Lunatic asylums Central Provinces reports 1910-1926 - 1910-1926
Year: 1910
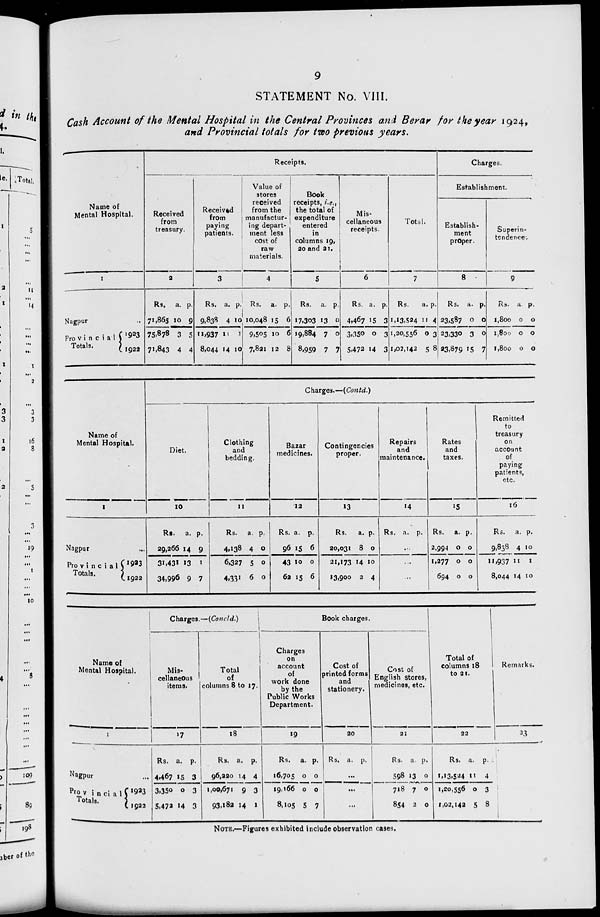
9
STATEMENT No. VIII.
Cash Account of the Mental Hospital in the Central Provinces and Berar for the year 1924,
and Provincial totals for two previous years.
Name of
Mental Hospital.
1
Nagpur ...
Provincial
Totals.
1923
1922
Receipts.
Received
from
treasury.
2
Rs.
71,865
75,878
71,843
a.
10
3
4
p.
9
5
4
Received
from
paying
patients.
3
Rs.
9,838
11,937
8,044
a.
4
11
14
p.
10
1
10
Value of
stores
received
from the
manufactur-
ing depart-
ment less
cost of
raw
materials.
4
Rs.
10,048
9,505
7,821
a.
15
10
12
p.
6
6
8
Book
receipts, i.e.,
the total of
expenditure
entered
in
columns 19,
20 and 21.
5
Rs.
17,303
19,884
8,959
a.
13
7
7
p.
0
0
7
Mis-
cellaneous
receipts.
6
Rs.
4,467
3,350
5,472
a.
15
0
14
p.
3
3
3
Total.
7
Rs.
1,13,524
1,20,556
1,02,142
a.
11
0
5
p.
4
3
8
Charges.
Establishment.
Establish-
ment
proper.
8
Rs.
23,587
23,330
23,879
a.
0
3
15
p.
0
0
7
Superin-
tendence.
9
Rs.
1,800
1,800
1,800
a.
0
0
0
p.
0
0
0
Name of
Mental Hospital.
1
Nagpur ...
Provincial
Totals.
1923
1922
Charges.—(Contd.)
Diet.
10
Rs.
29,266
31,431
34,996
a.
14
13
9
p.
9
1
7
Clothing
and
bedding.
11
Rs.
4,138
6,327
4,331
a.
4
5
6
p.
0
5
0
Bazar
medicines.
12
Rs.
96
43
62
a.
15
10
15
p.
6
0
6
Contingencies
proper.
13
Rs.
20,031
21,173
13,900
a.
8
14
2
p.
0
10
4
Repairs
and
maintenance.
14
Rs. a. p.
...
...
...
Rates
and
taxes.
15
Rs.
2,994
1,277
694
a.
0
0
0
p.
0
0
0
Remitted
to
treasury
on
account
of
paying
patients,
etc.
16
Rs.
9,838
11,937
8,044
a.
4
11
14
p.
10
1
10
Name of
Mental Hospital.
1
Nagpur ...
Provincial
Totals.
1923
1922
Charges.—(Concld.)
Mis-
cellaneous
items.
17
Rs.
4,467
3,350
5,472
a.
15
0
14
p.
3
3
3
Total
of
columns 8 to 17.
18
Rs.
96,220
1,00,671
93,182
a.
14
9
14
p.
4
3
1
Book charges.
Charges
on
account
of
work done
by the
Public Works
Department.
19
Rs.
16,705
19,166
8,105
a.
0
0
5
p.
0
0
7
Cost of
printed forms
and
stationery.
20
Rs. a.
p.
...
...
...
Cost of
English stores,
medicines, etc.
21
Rs.
598
718
854
a.
13
7
2
p.
0
0
0
Total of
columns 18
to 21.
22
Rs.
1,13,524
1,20,556
1,02,142
a.
11
0
5
p.
4
3
8
Remarks.
23
NOTE.—Figures exhibited include observation cases.